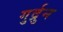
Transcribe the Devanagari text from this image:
गुर्द्रुन